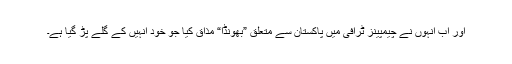
اور اب انہوں نے چیمپینز ٹرافی میں پاکستان سے متعلق ”بھونڈا“ مذاق کیا جو خود انہیں کے گلے پڑ گیا ہے۔